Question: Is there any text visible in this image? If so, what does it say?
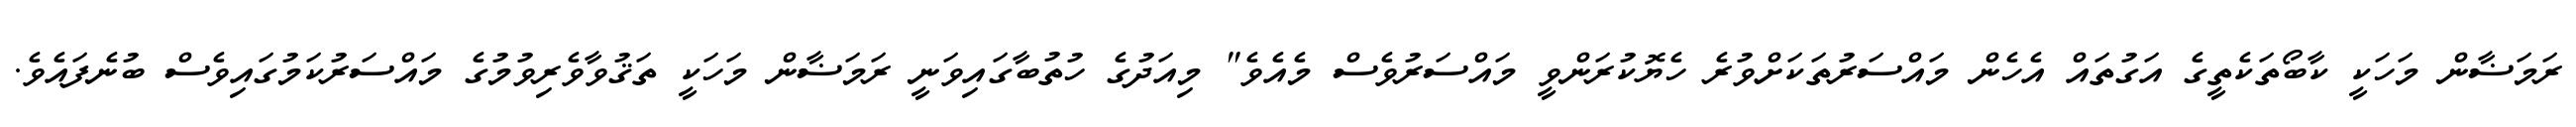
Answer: ރަމަޟާން މަހަކީ ކާބޯތަކެތީގެ އަގުތައް އެހެން މައްސަރުތަކަށްވުރެ ހެޔޮކުރަންވީ މައްސަރުވެސް މެއެވެ" މިއަދުގެ ހުތުބާގައިވަނީ ރަމަޟާން މަހަކީ ތަޤުވާވެރިވުމުގެ މައްސަރުކަމުގައިވެސް ބުނެފައެވެ.